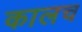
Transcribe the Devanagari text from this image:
कालच